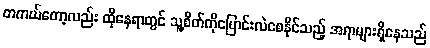
တကယ်တော့လည်း ထိုနေရာတွင် သူ့စိတ်ကိုပြောင်းလဲစေနိုင်သည့် အရာများရှိနေသည်